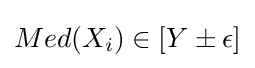
{\textstyle Med(X_{i})\in [Y\pm \epsilon ]}